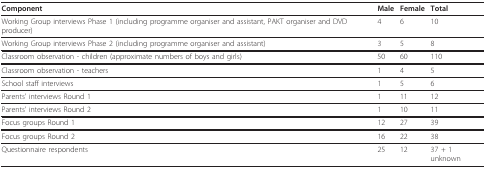
| Component | Male | Female | Total |
 | --- | --- | --- | --- |
 | Working Group interviews Phase 1 (including programme organiser and assistant, PAKT organiser and DVD producer) | 4 | 6 | 10 |
 | Working Group interviews Phase 2 (including programme organiser and assistant) | 3 | 5 | 8 |
 | Classroom observation - children (approximate numbers of boys and girls) | 50 | 60 | 110 |
 | Classroom observation - teachers | 1 | 4 | 5 |
 | School staff interviews | 1 | 5 | 6 |
 | Parents' interviews Round 1 | 1 | 11 | 12 |
 | Parents' interviews Round 2 | 1 | 10 | 11 |
 | Focus groups Round 1 | 12 | 27 | 39 |
 | Focus groups Round 2 | 16 | 22 | 38 |
 | Questionnaire respondents | 25 | 12 | 37 + 1 unknown |